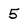
Character: 5